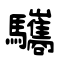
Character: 驨